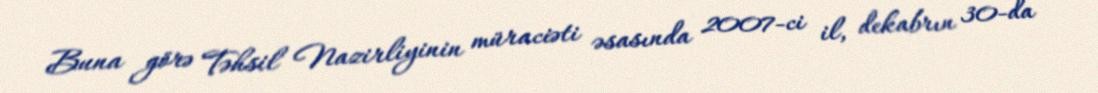
Buna görə Təhsil Nazirliyinin müraciəti əsasında 2007-ci il, dekabrın 30-da